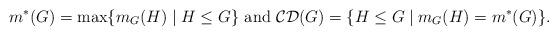
LaTeX: \begin{align*}m^*(G)={\rm max}\{m_G(H)\mid H\leq G\} \mbox{ and } {\cal CD}(G)=\{H\leq G\mid m_G(H)=m^*(G)\}.\end{align*}